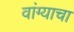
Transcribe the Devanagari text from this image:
वांग्याचा